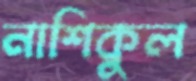
নাশিকুল